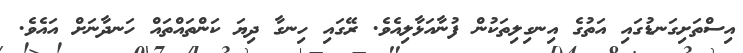
އިސްތަށިގަނޑުގައި އަތުގެ އިނގިލިތަކުން ފުނާއަޅާލިއެވެ. ރޭގައި ހިނގާ ދިޔަ ކަންތައްތައް ހަނދާނަށް އައެވެ.